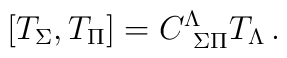
\left[T_{\Sigma},T_{\Pi}\right]=C^{\Lambda}_{\ \Sigma\Pi}T_{\Lambda}\,.